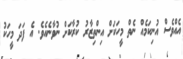
އެއްވެސް އުނިކަމެއް ނެތް މީހަކަށް އިންތިޒާރު ކުރާކަށް ނުވާނެއެވެ. އެ ފަދަ މީހަކު